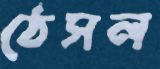
ঠেসল